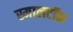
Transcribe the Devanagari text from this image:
स्मालटॉक